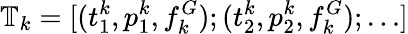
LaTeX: \mathbb{T}_{k}=[(t_{1}^{k},p_{1}^{k},f_{k}^{G});(t_{2}^{k},p_{2}^{k},f_{k}^{G});\dots]